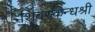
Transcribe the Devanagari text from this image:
शिवस्कन्धश्री